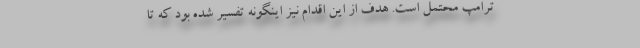
ترامپ محتمل است. هدف از این اقدام نیز اینگونه تفسیر شده بود که تا